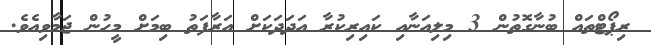
ރިޕޯޓްތައް ބުނާގޮތުން 3 މިލިއަނާއި ކައިރިކުރާ އަދަދަކަށް އަރާފަތު ބިމަށް މީހުން ޖަމާވިއެވެ.